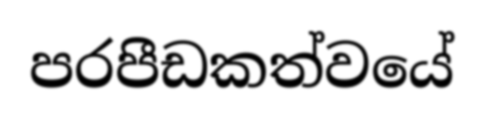
පරපීඩකත්වයේ